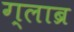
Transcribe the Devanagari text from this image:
ग्लाब्र